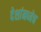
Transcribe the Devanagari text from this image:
देशांमध्येच